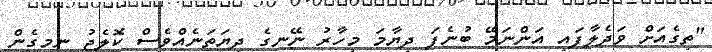
"ތިގެއަށް ވަދެލާފައި އަންނަމޭ ބުނެފަ ދިޔާމަ މިހާރު ނޭނގެ ދިޔަތަނެއްވެސް ކޮލެޖު ނިމިގެން